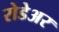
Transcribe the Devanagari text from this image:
रोडेअर